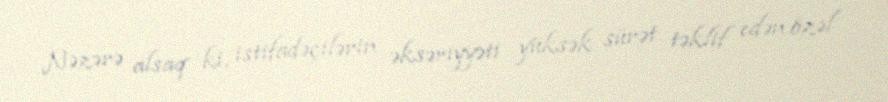
Nəzərə alsaq ki, istifadəçilərin əksəriyyəti yüksək sürət təklif edən özəl